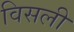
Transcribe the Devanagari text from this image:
विसली